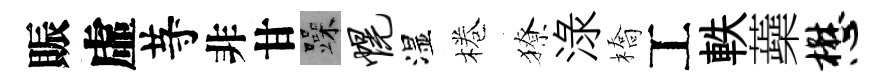
賑虛䒭非甘躁幌湿棬獠渌橋工軼蘃懋